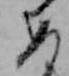
め